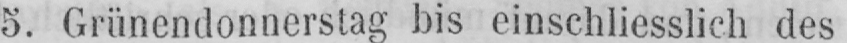
5. Grünendonnerstag bis einschliesslich des